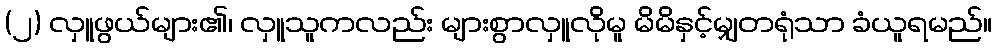
(၂) လှူဖွယ်များ၏၊ လှူသူကလည်း များစွာလှူလိုမူ မိမိနှင့်မျှတရုံသာ ခံယူရမည်။